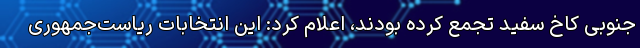
جنوبی کاخ سفید تجمع کرده بودند، اعلام کرد: این انتخابات ریاست‌جمهوری